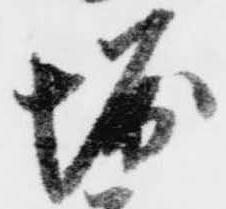
堀